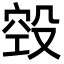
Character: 㲁